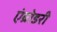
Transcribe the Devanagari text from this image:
एंब्रोडरी